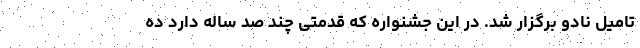
تامیل نادو برگزار شد. در این جشنواره که قدمتی چند صد ساله دارد ده